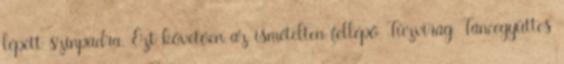
lépett színpadra. Ezt követően az ismételten fellépő Tűzvirág Táncegyüttes